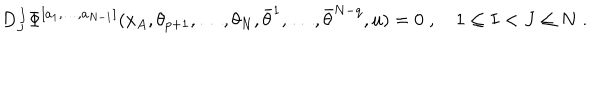
D _ { J } ^ { \, I } \Phi ^ { [ a _ { 1 } , \ldots , a _ { N - 1 } ] } ( x _ { A } , \theta _ { p + 1 } , \ldots , \theta _ { N } , \bar { \theta } ^ { 1 } , \ldots , \bar { \theta } ^ { N - q } , u ) = 0 \; , \quad 1 \leq I < J \leq N \; .